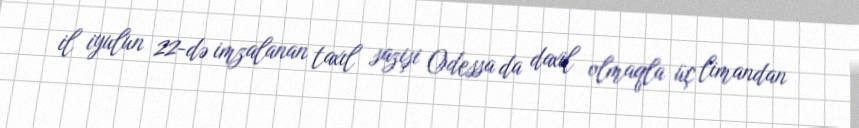
il iyulun 22-də imzalanan taxıl sazişi Odessa da daxil olmaqla üç limandan